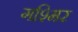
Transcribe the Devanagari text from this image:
गश्मिर